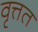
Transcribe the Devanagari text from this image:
वृत्तत